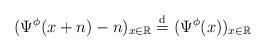
LaTeX: \begin{align*}(\Psi^{\phi}(x+n)-n)_{x \in \mathbb{R}} \overset{\mathrm{d}}{=} (\Psi^{\phi}(x))_{x \in \mathbb{R}}\end{align*}